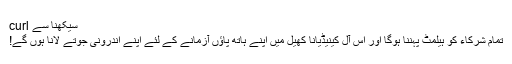
سیکھنا سے curl
تمام شرکاء کو ہیلمٹ پہننا ہوگا اور اس آل کینیڈیانا کھیل میں اپنے ہاتھ پاؤں آزمانے کے لئے اپنے اندرونی جوتے لانا ہوں گے!